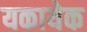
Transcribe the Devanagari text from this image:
यकायेक